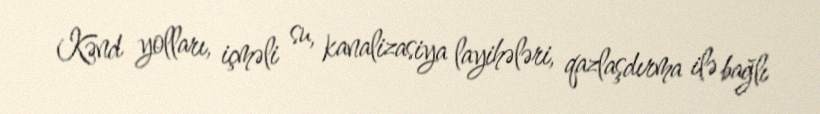
Kənd yolları, içməli su, kanalizasiya layihələri, qazlaşdırma ilə bağlı